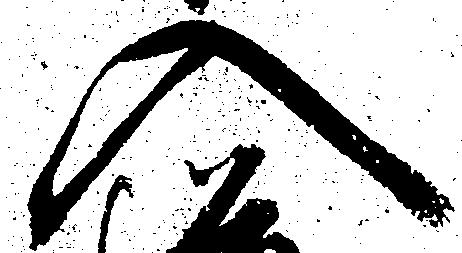
入